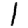
Digit: 1